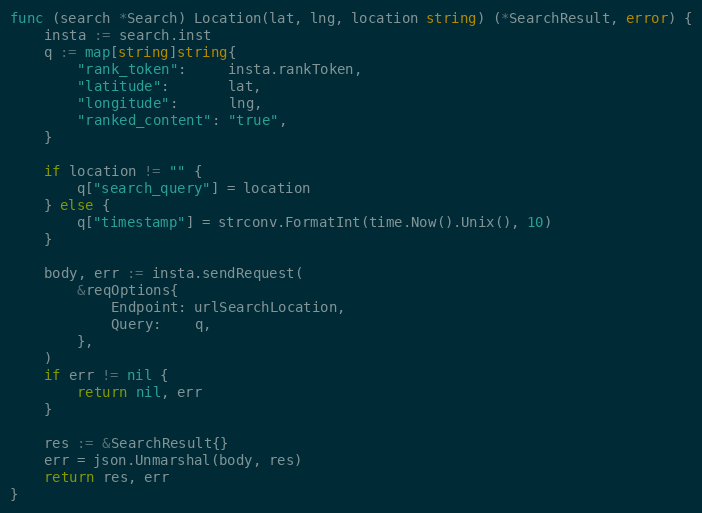
Language: Go
func (search *Search) Location(lat, lng, location string) (*SearchResult, error) {
	insta := search.inst
	q := map[string]string{
		"rank_token":     insta.rankToken,
		"latitude":       lat,
		"longitude":      lng,
		"ranked_content": "true",
	}

	if location != "" {
		q["search_query"] = location
	} else {
		q["timestamp"] = strconv.FormatInt(time.Now().Unix(), 10)
	}

	body, err := insta.sendRequest(
		&reqOptions{
			Endpoint: urlSearchLocation,
			Query:    q,
		},
	)
	if err != nil {
		return nil, err
	}

	res := &SearchResult{}
	err = json.Unmarshal(body, res)
	return res, err
}